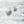
غني